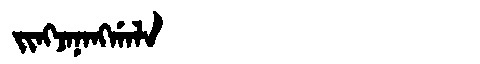
Manchu: ᠵᡳᠩᠵᠠᠨᠠᠩᡤᠠᠯᠠ
Romanization: JINGJANANGGALA